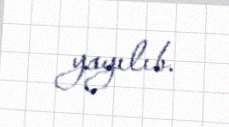
yayılıb.